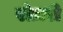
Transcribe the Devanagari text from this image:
रोज़री